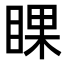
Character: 𥇬